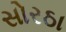
સોરઠા